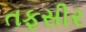
તફસીર